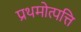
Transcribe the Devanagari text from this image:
प्रथमोत्पत्ति